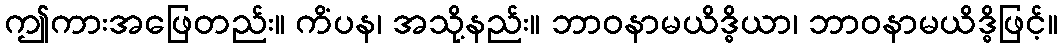
ဤကားအဖြေတည်း။ ကိံပန၊ အသို့နည်း။ ဘာဝနာမယိဒ္ဓိယာ၊ ဘာဝနာမယိဒ္ဓိဖြင့်။